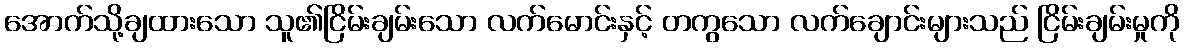
အောက်သို့ချထားသော သူ၏ငြိမ်းချမ်းသော လက်မောင်းနှင့် တကွသော လက်ချောင်းများသည် ငြိမ်းချမ်းမှုကို